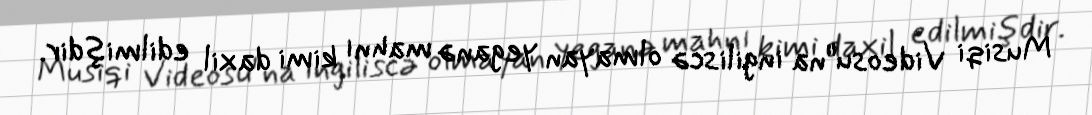
Musiqi Videosu"na ingiliscə olmayan yeganə mahnı kimi daxil edilmişdir.